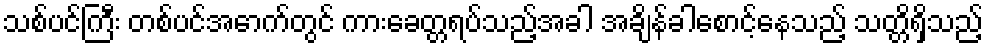
သစ်ပင်ကြီး တစ်ပင်အောက်တွင် ကားခေတ္တရပ်သည့်အခါ အချိန်ခါစောင့်နေသည့် သတ္တိရှိသည့်